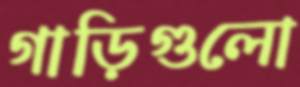
গাড়িগুলো